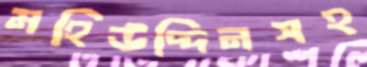
মহিউদ্দিনসহ